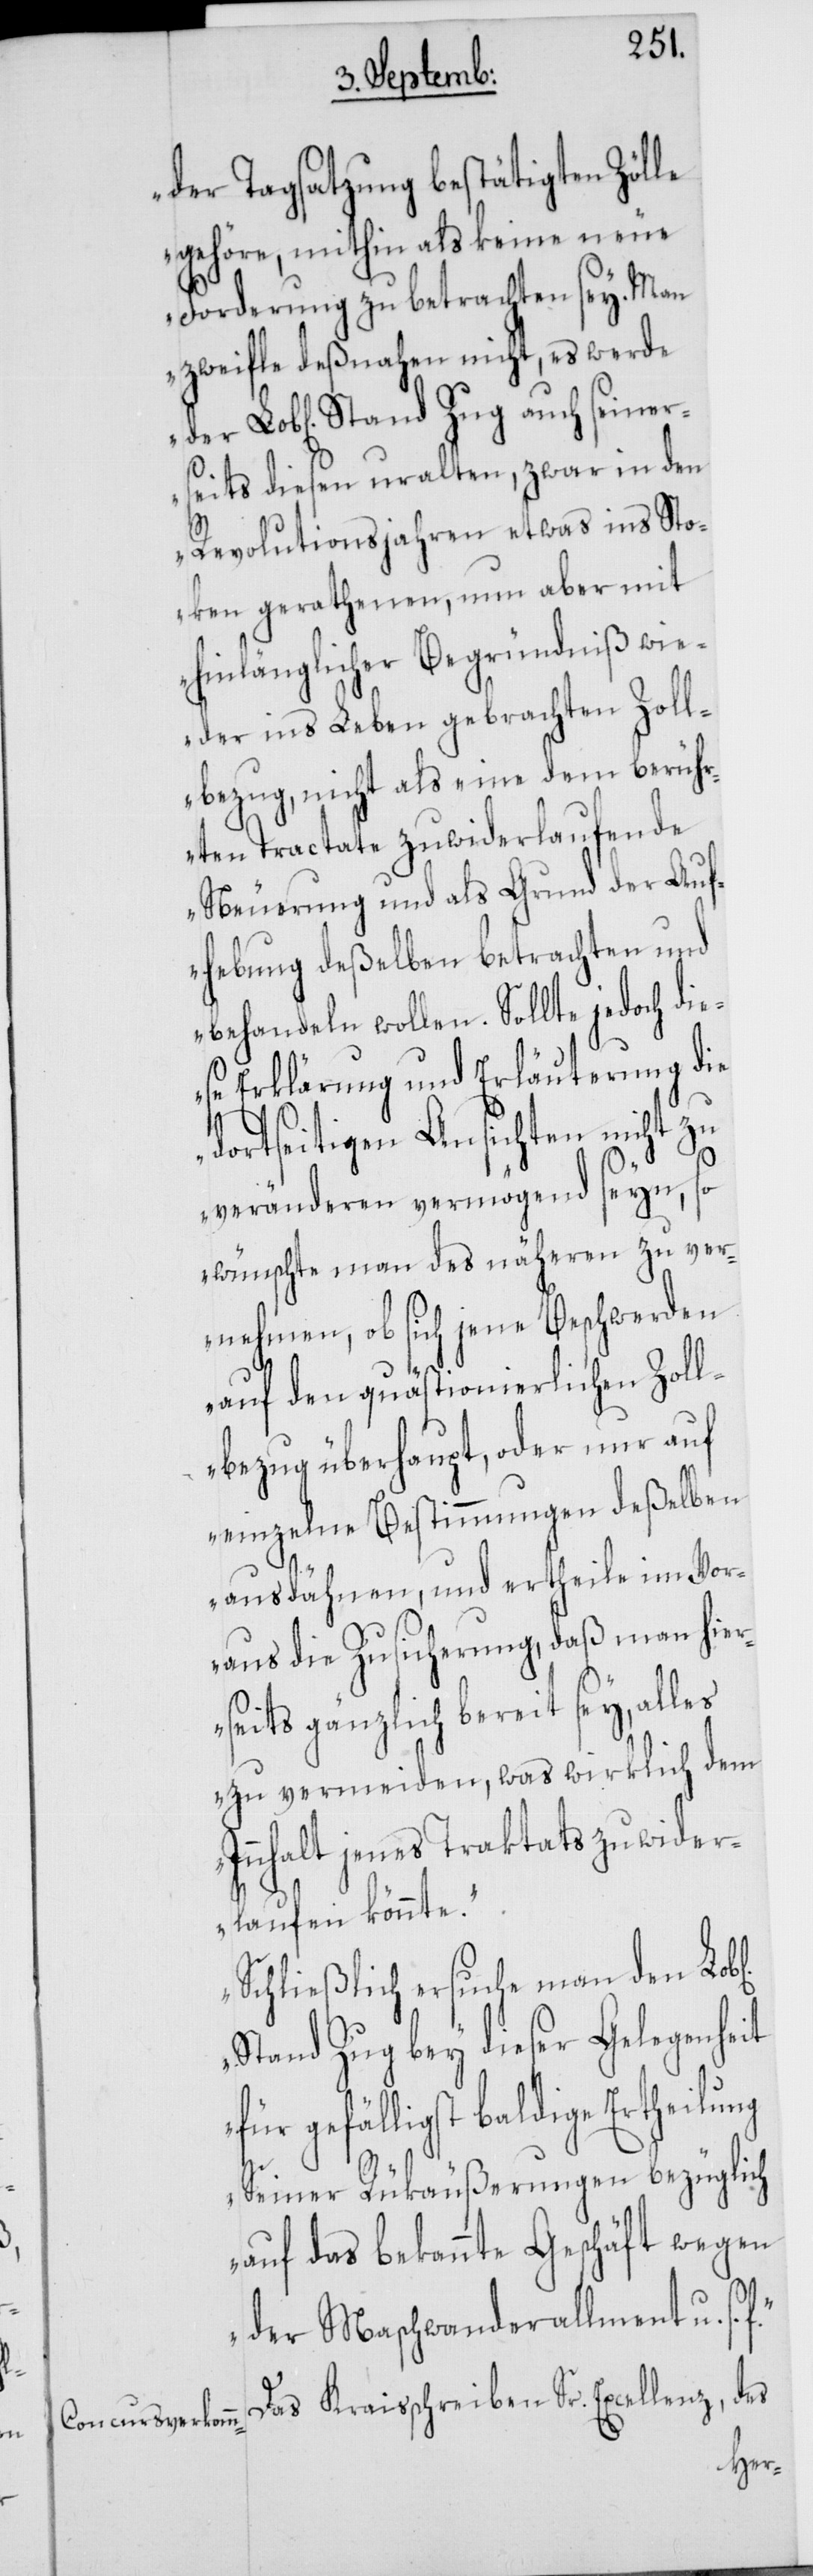
ichen]

der Tagsatzung bestätigten Zölle
gehöre, mithin als keine neue
Forderung zu betrachten sey. Man
zweifle deßnahen nicht, es werde
Lob[liche] Stand Zug auch seiner¬
seits diesen uralten, zwar in den
Revolutionsjahren etwas ins Sto¬
cken gerathenen, nun aber mit
hinlänglicher Begründniß wie¬
der ins Leben gebrachte Zoll¬
bezug, nicht als eine dem berüh¬
rten Tractate zuwiderlaufende
Neuerung und als Grund der Auf¬
hebung deßelben betrachten und
behandeln wollen. Sollte jedoch die¬
se Erklärung und Erläuterung die
dortseitigen Ansichten nicht zu
veränderen vermögend seyn, so
wünschte man des näheren zu ver¬
nehmen, ob sich jene Beschwerden
auf den quästionierlichen Zoll¬
bezug überhaupt, oder nur auf
einzelne Bestimmungen deßelben
ausdähnen, und ertheile im Vor¬
aus die Zusicherung, daß man hier¬
seits gänzlich bereit sey, alles
zu vermeiden, was wirklich dem
Innhalt jenes Traktats zuwider¬
laufen könnte.
Schließlich ersuche man den Lob[l¬
Stand Zug bey dieser Gelegenheit
für gefälligst baldige Ertheilung
Seiner Rükäußerungen bezüglich
auf das bekannte Geschäft wegen
der Maschwanderallment u. s.
Das Kraisschreiben Sr. Excellenz, des